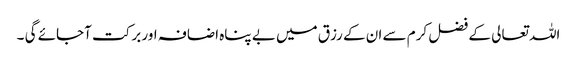
اللہ تعالی کے فضل کرم سے ان کے رزق میں بے پناہ اضافہ اور برکت آجائے گی ۔